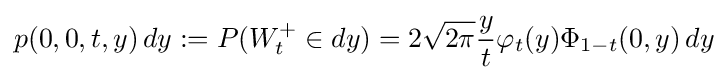
p(0,0,t,y)\,dy:=P(W_{t}^{+}\in dy)=2{\sqrt {2\pi }}{\frac {y}{t}}\varphi _{t}(y)\Phi _{1-t}(0,y)\,dy